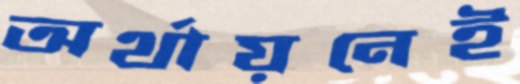
অর্থায়নেই